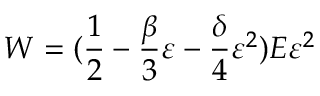
W = ( \frac { 1 } { 2 } - \frac { \beta } { 3 } \varepsilon - \frac { \delta } { 4 } \varepsilon ^ { 2 } ) E \varepsilon ^ { 2 }